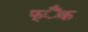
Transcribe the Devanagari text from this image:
फ्ैंक